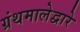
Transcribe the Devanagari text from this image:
ग्रंथमालेद्वारे